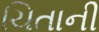
ચિતાની